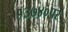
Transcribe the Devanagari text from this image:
१३७४०पर